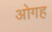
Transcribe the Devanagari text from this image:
ओगह